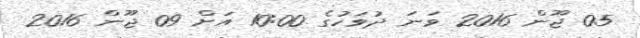
05 ޖޫން 2016 ވަނަ ދުވަހުގެ 10:00 އަށް 09 ޖޫން 2016